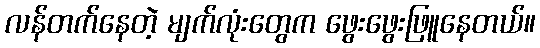
လန်တက်နေတဲ့ မျက်လုံးတွေက ဖွေးဖွေးဖြူနေတယ်။